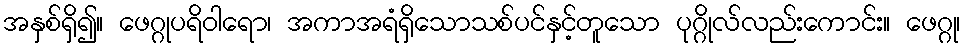
အနှစ်ရှိ၍။ ဖေဂ္ဂုပရိဝါရော၊ အကာအရံရှိသောသစ်ပင်နှင့်တူသော ပုဂ္ဂိုလ်လည်းကောင်း။ ဖေဂ္ဂု၊